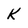
Character: K